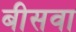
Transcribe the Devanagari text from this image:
बीसवा